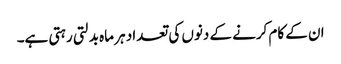
ان کے کام کرنے کے دنوں کی تعداد ہر ماہ بدلتی رہتی ہے۔